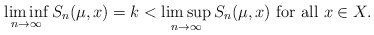
\begin{align*}\liminf_{n\to \infty} S_n(\mu,x)=k <\limsup_{n\to \infty} S_n(\mu,x)\mbox{ for all }x\in X.\end{align*}